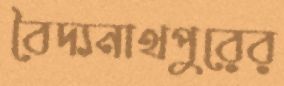
বৈদ্যনাথপুরের